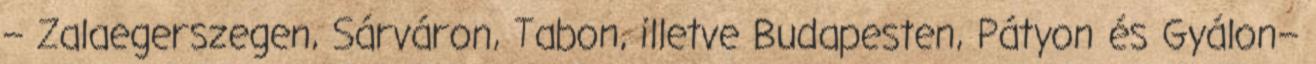
– Zalaegerszegen, Sárváron, Tabon, illetve Budapesten, Pátyon és Gyálon–